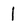
Character: 1